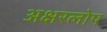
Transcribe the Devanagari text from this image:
अक्षरलोप